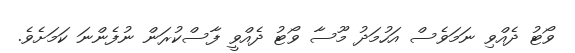
ވޯޓު ދެއްވި ނަމަވެސް އަހުމަދު މޫސާ ވޯޓު ދެއްވީ ފާސްކުރަން ނުފެންނަ ކަމަށެވެ.